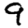
Digit: 9